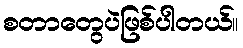
စတာတွေပဲဖြစ်ပါတယ်။